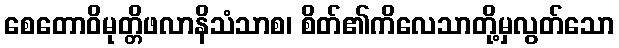
စေတောဝိမုတ္တိဖလာနိသံသာစ၊ စိတ်၏ကိလေသာတို့မှလွတ်သော